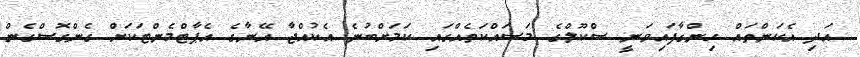
އަދި އެކަންތައް ހިންގާފައިވަނީ ސްކޫލްގެ މަސައްކަތެއްގައި ކަމަށްބުނެ އެކުއްޖާ އޭނާގެ އެޕާޓްމެންޓަކަށް ގެންގޮސްގެން